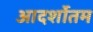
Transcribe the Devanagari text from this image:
आदर्शोतम